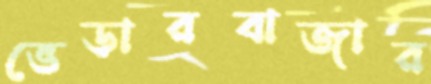
ভেড়ারবাজার